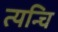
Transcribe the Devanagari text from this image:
त्यन्चि